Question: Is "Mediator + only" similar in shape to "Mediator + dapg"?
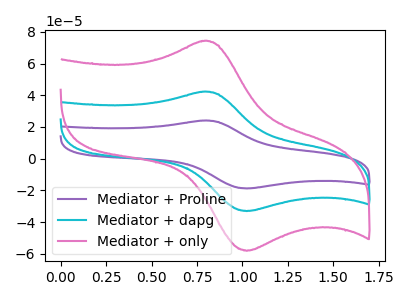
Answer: <think>The purple curve "Mediator + Proline" has an anodic peak at (0.80V, 84.45uA) and a cathodic peak at (1.00V, -66.10uA). The cyan curve "Mediator + dapg" has an anodic peak at (0.80V, 42.25uA) and a cathodic peak at (1.00V, -33.05uA). The pink curve "Mediator + only" has an anodic peak at (0.80V, 74.25uA) and a cathodic peak at (1.00V, -58.10uA).
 All the peaks in "Mediator + only" have a peak in "Mediator + dapg" at the same potential. Every peak in "Mediator + only" is higher than every peak in "Mediator + dapg".</think>
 <answer>"Mediator + only" and "Mediator + dapg" are similar in shape.</answer>
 <eval>same_shape</eval>